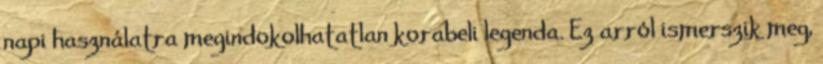
napi használatra megindokolhatatlan korabeli legenda. Ez arról ismerszik meg,